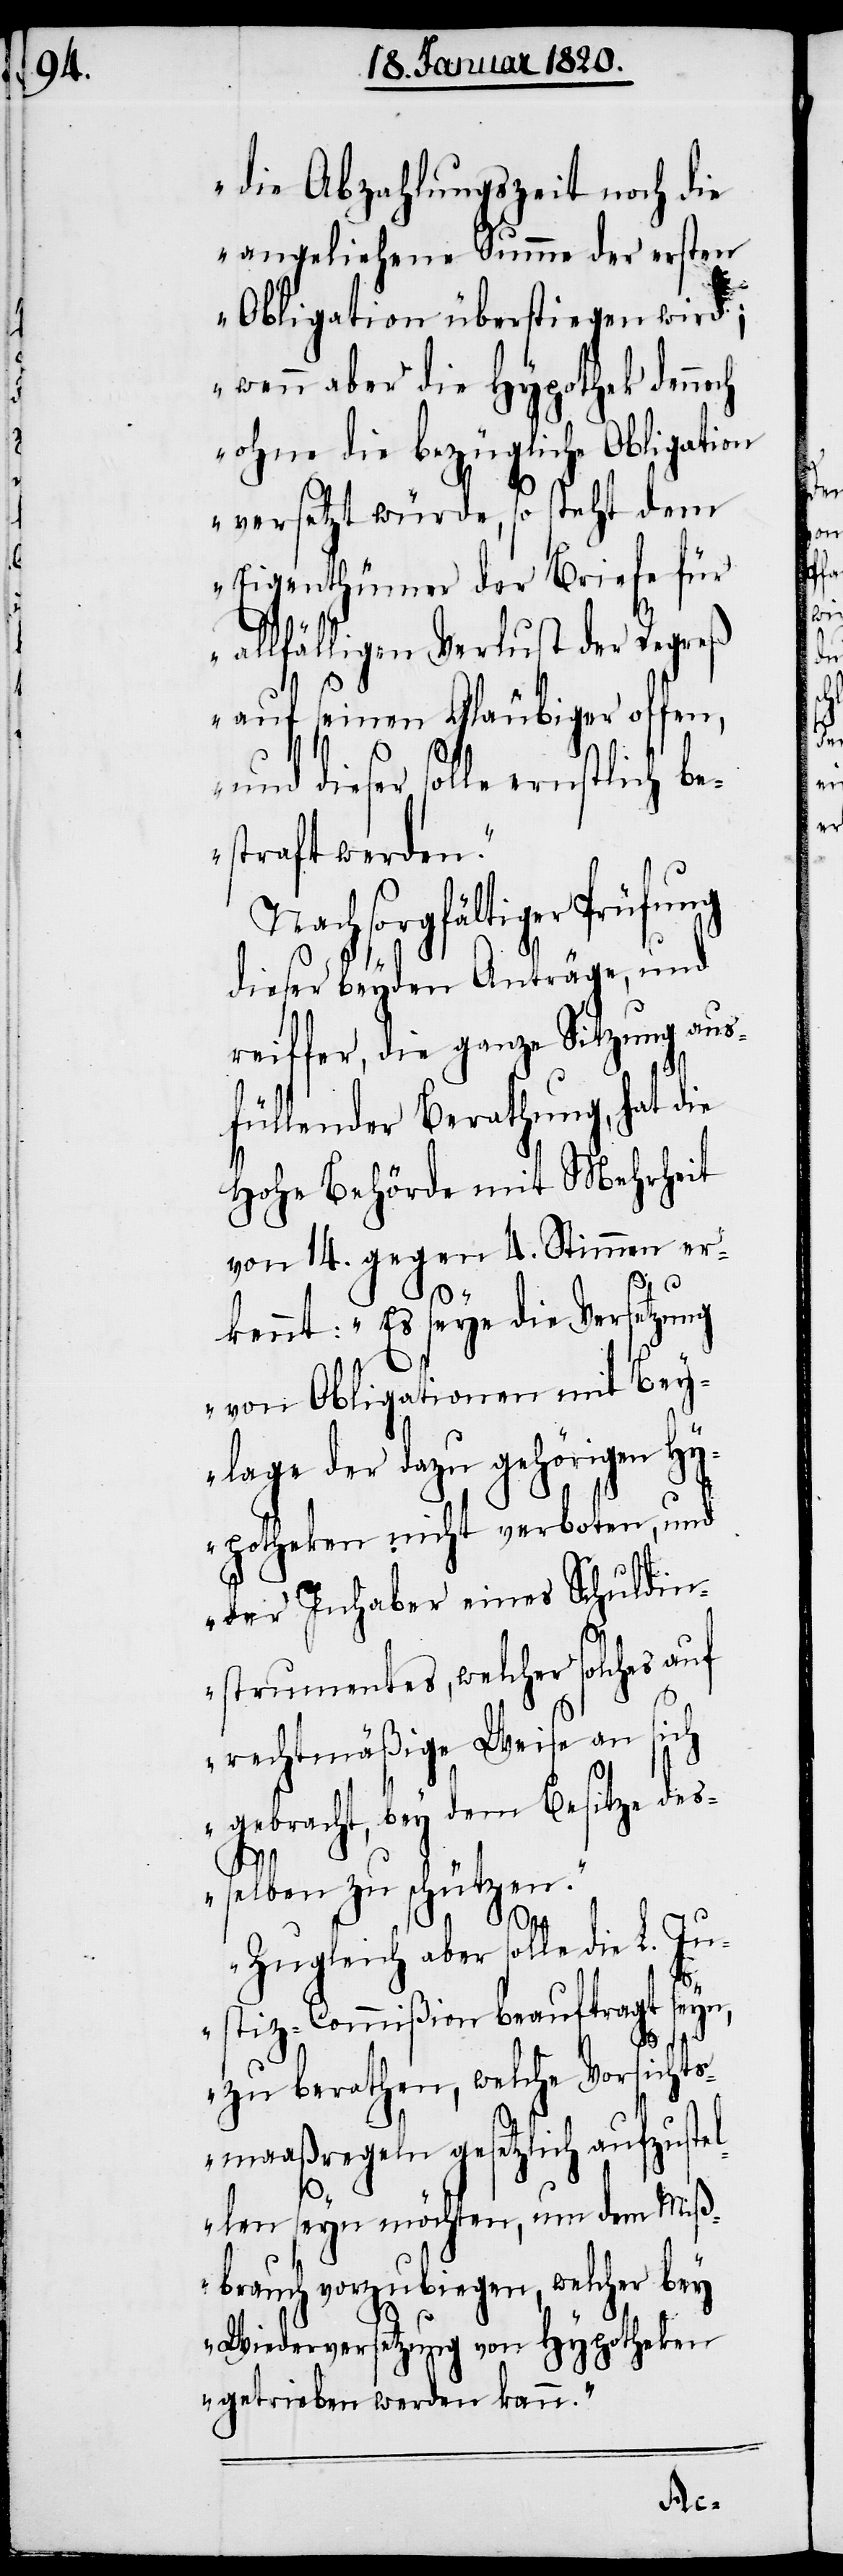
die Abzahlungszeit noch die
angeliehene Summe der ersten
Obligation überstiegen wird;
wenn aber die Hypothek dennoch
ohne die bezügliche Obligation
versetzt würde, so steht dem
Eigenthümer der Briefe für
allfälligen Verlust der Regreß
auf seinen Gläubiger offen,
und dieser solle ernstlich be¬
straft werden.“
Nach sorgfältiger Prüfung
dieser beyden Anträge, und
reiffer, die ganze Sitzung aus¬
füllender Berathung, hat die
Hohe Behörde mit Mehrheit
von 14. gegen 4. Stimmen er¬
kennt: „Es seye die Versetzung
von Obligationen mit Bey¬
lage der dazu gehörigen Hy¬
potheken nicht verboten, und
der Inhaber eines Schuldin¬
strumentes, welcher solches auf
rechtmäßige Weise an sich
gebracht, bey dem Besitze deß¬
elben zu schützen.“
„Zugleich aber solle die L. Ju¬
stiz-Commißion beauftragt seyn,
zu berathen, welche Vorsichts¬
maaßregeln gesetzlich aufzustel¬
len seyn möchten, um dem Miß¬
brauch vorzubiegen, welcher bey
Wiederversetzung von Hypotheken
getrieben werden kann.“